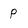
Character: p